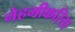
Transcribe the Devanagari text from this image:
नेहमीकरिता